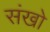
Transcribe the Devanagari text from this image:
संखो